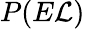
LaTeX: P(E\mathcal{L})